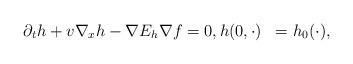
LaTeX: \begin{align*}\begin{aligned} \partial_{t} h + v \nabla_{x} h - \nabla E_{h} \nabla f & =0,h(0,\cdot) & = h_{0}(\cdot),\end{aligned}\end{align*}